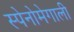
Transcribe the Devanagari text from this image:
स्पेनोमेगाली